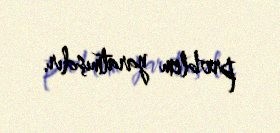
problem yaratmışdır.